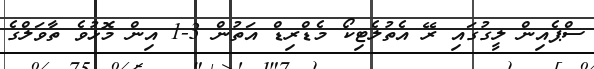
ސްޕެއިން ލީގުގައި ރޭ އެތުލެޓިކޯ މެޑްރިޑް އަތުން 3-1 އިން މޮޅުވެ ތާވަލްގެ